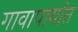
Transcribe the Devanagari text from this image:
गावापार्यात